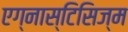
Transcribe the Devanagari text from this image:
एग्नास्टिसिज्म